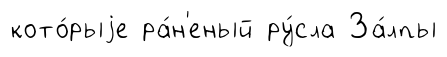
кото́рыjе ра́н'еный ру́сла За́лпы